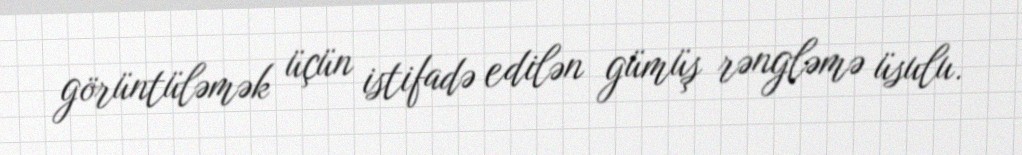
görüntüləmək üçün istifadə edilən gümüş rəngləmə üsulu.